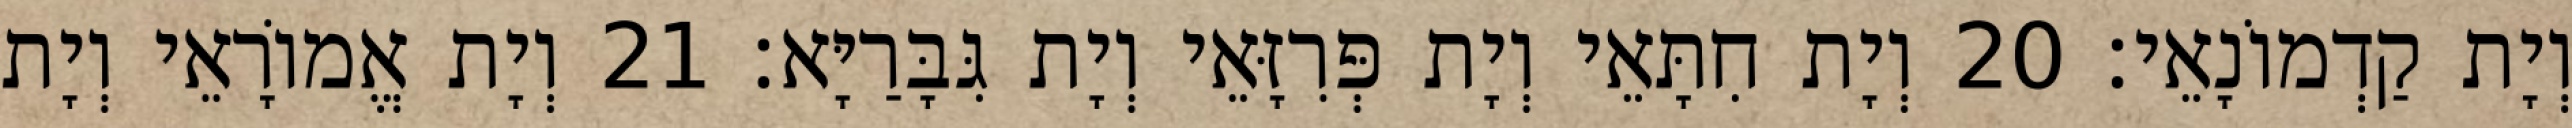
וְיָת קַדְמוֹנָאֵי׃ 20 וְיָת חִתָּאֵי וְיָת פְּרִזָּאֵי וְיָת גִּבָּרַיָּא׃ 21 וְיָת אֱמוֹרָאֵי וְיָת